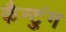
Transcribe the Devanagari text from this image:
कैन्टुंग